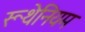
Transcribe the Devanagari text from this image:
रूथेनियम